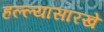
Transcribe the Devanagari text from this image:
हल्ल्यासारखे